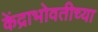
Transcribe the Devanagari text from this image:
केंद्राभोवतीच्या